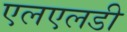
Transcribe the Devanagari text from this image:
एलएलडी